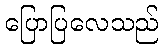
ပြောပြလေသည်